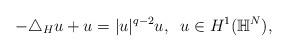
LaTeX: \begin{align*}-\triangle_{H}u+u=|u|^{q-2}u, \;\;u\in H^1(\mathbb{H}^{N}),\end{align*}